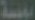
مؤسسة